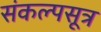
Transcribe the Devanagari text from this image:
संकल्पसूत्र